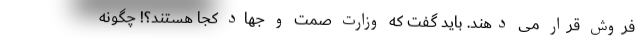
فروش قرار می دهند. باید گفت که وزارت صمت و جهاد کجا هستند؟! چگونه